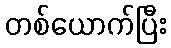
တစ်ယောက်ပြီး